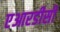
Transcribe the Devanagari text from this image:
एआरडीसी